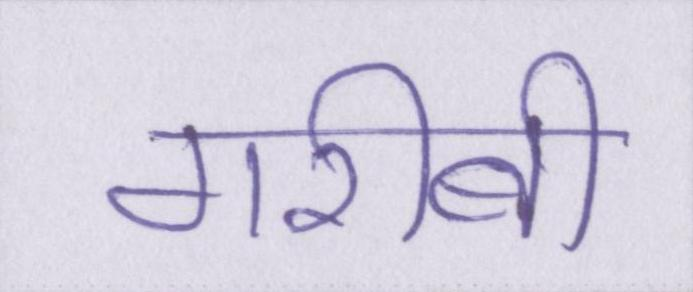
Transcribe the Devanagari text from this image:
गरीबी